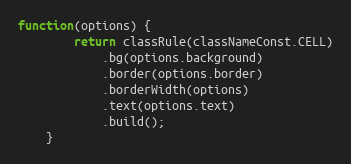
Language: JavaScript
function(options) {
        return classRule(classNameConst.CELL)
            .bg(options.background)
            .border(options.border)
            .borderWidth(options)
            .text(options.text)
            .build();
    }